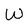
Character: w